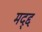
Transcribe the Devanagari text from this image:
मद्द्द